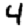
Digit: 4